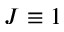
J \equiv 1